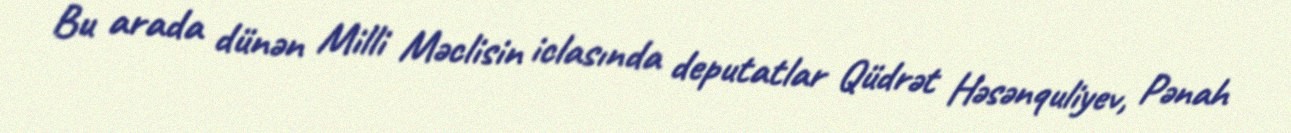
Bu arada dünən Milli Məclisin iclasında deputatlar Qüdrət Həsənquliyev, Pənah